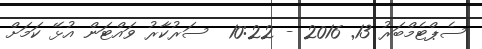
ސެޕްޓެމްބަރު 13